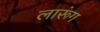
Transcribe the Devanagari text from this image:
लारूंग